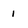
Character: 1